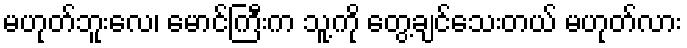
မဟုတ်ဘူးလေ၊ မောင်ကြီးက သူ့ကို တွေ့ချင်သေးတယ် မဟုတ်လား